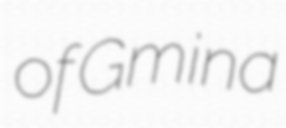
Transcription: of Gmina